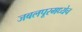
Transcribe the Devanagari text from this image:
जबलपूरमध्येच